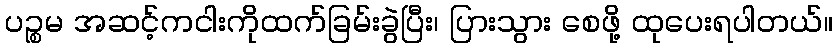
ပဉ္စမ အဆင့်ကငါးကိုထက်ခြမ်းခွဲပြီး၊ ပြားသွား စေဖို့ ထုပေးရပါတယ်။